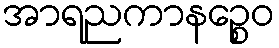
အာရညကာနဉ္စေဝ